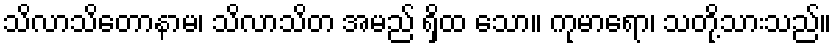
သိလာသိတောနာမ၊ သိလာသိတ အမည် ရှိထ သော။ ကုမာရော၊ သတို့သားသည်။